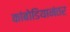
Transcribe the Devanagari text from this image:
कांबोडियानंतर